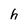
Character: h